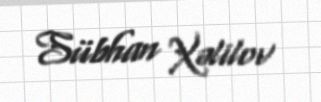
Sübhan Xəlilov